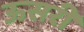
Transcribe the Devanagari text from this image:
ऊसरी